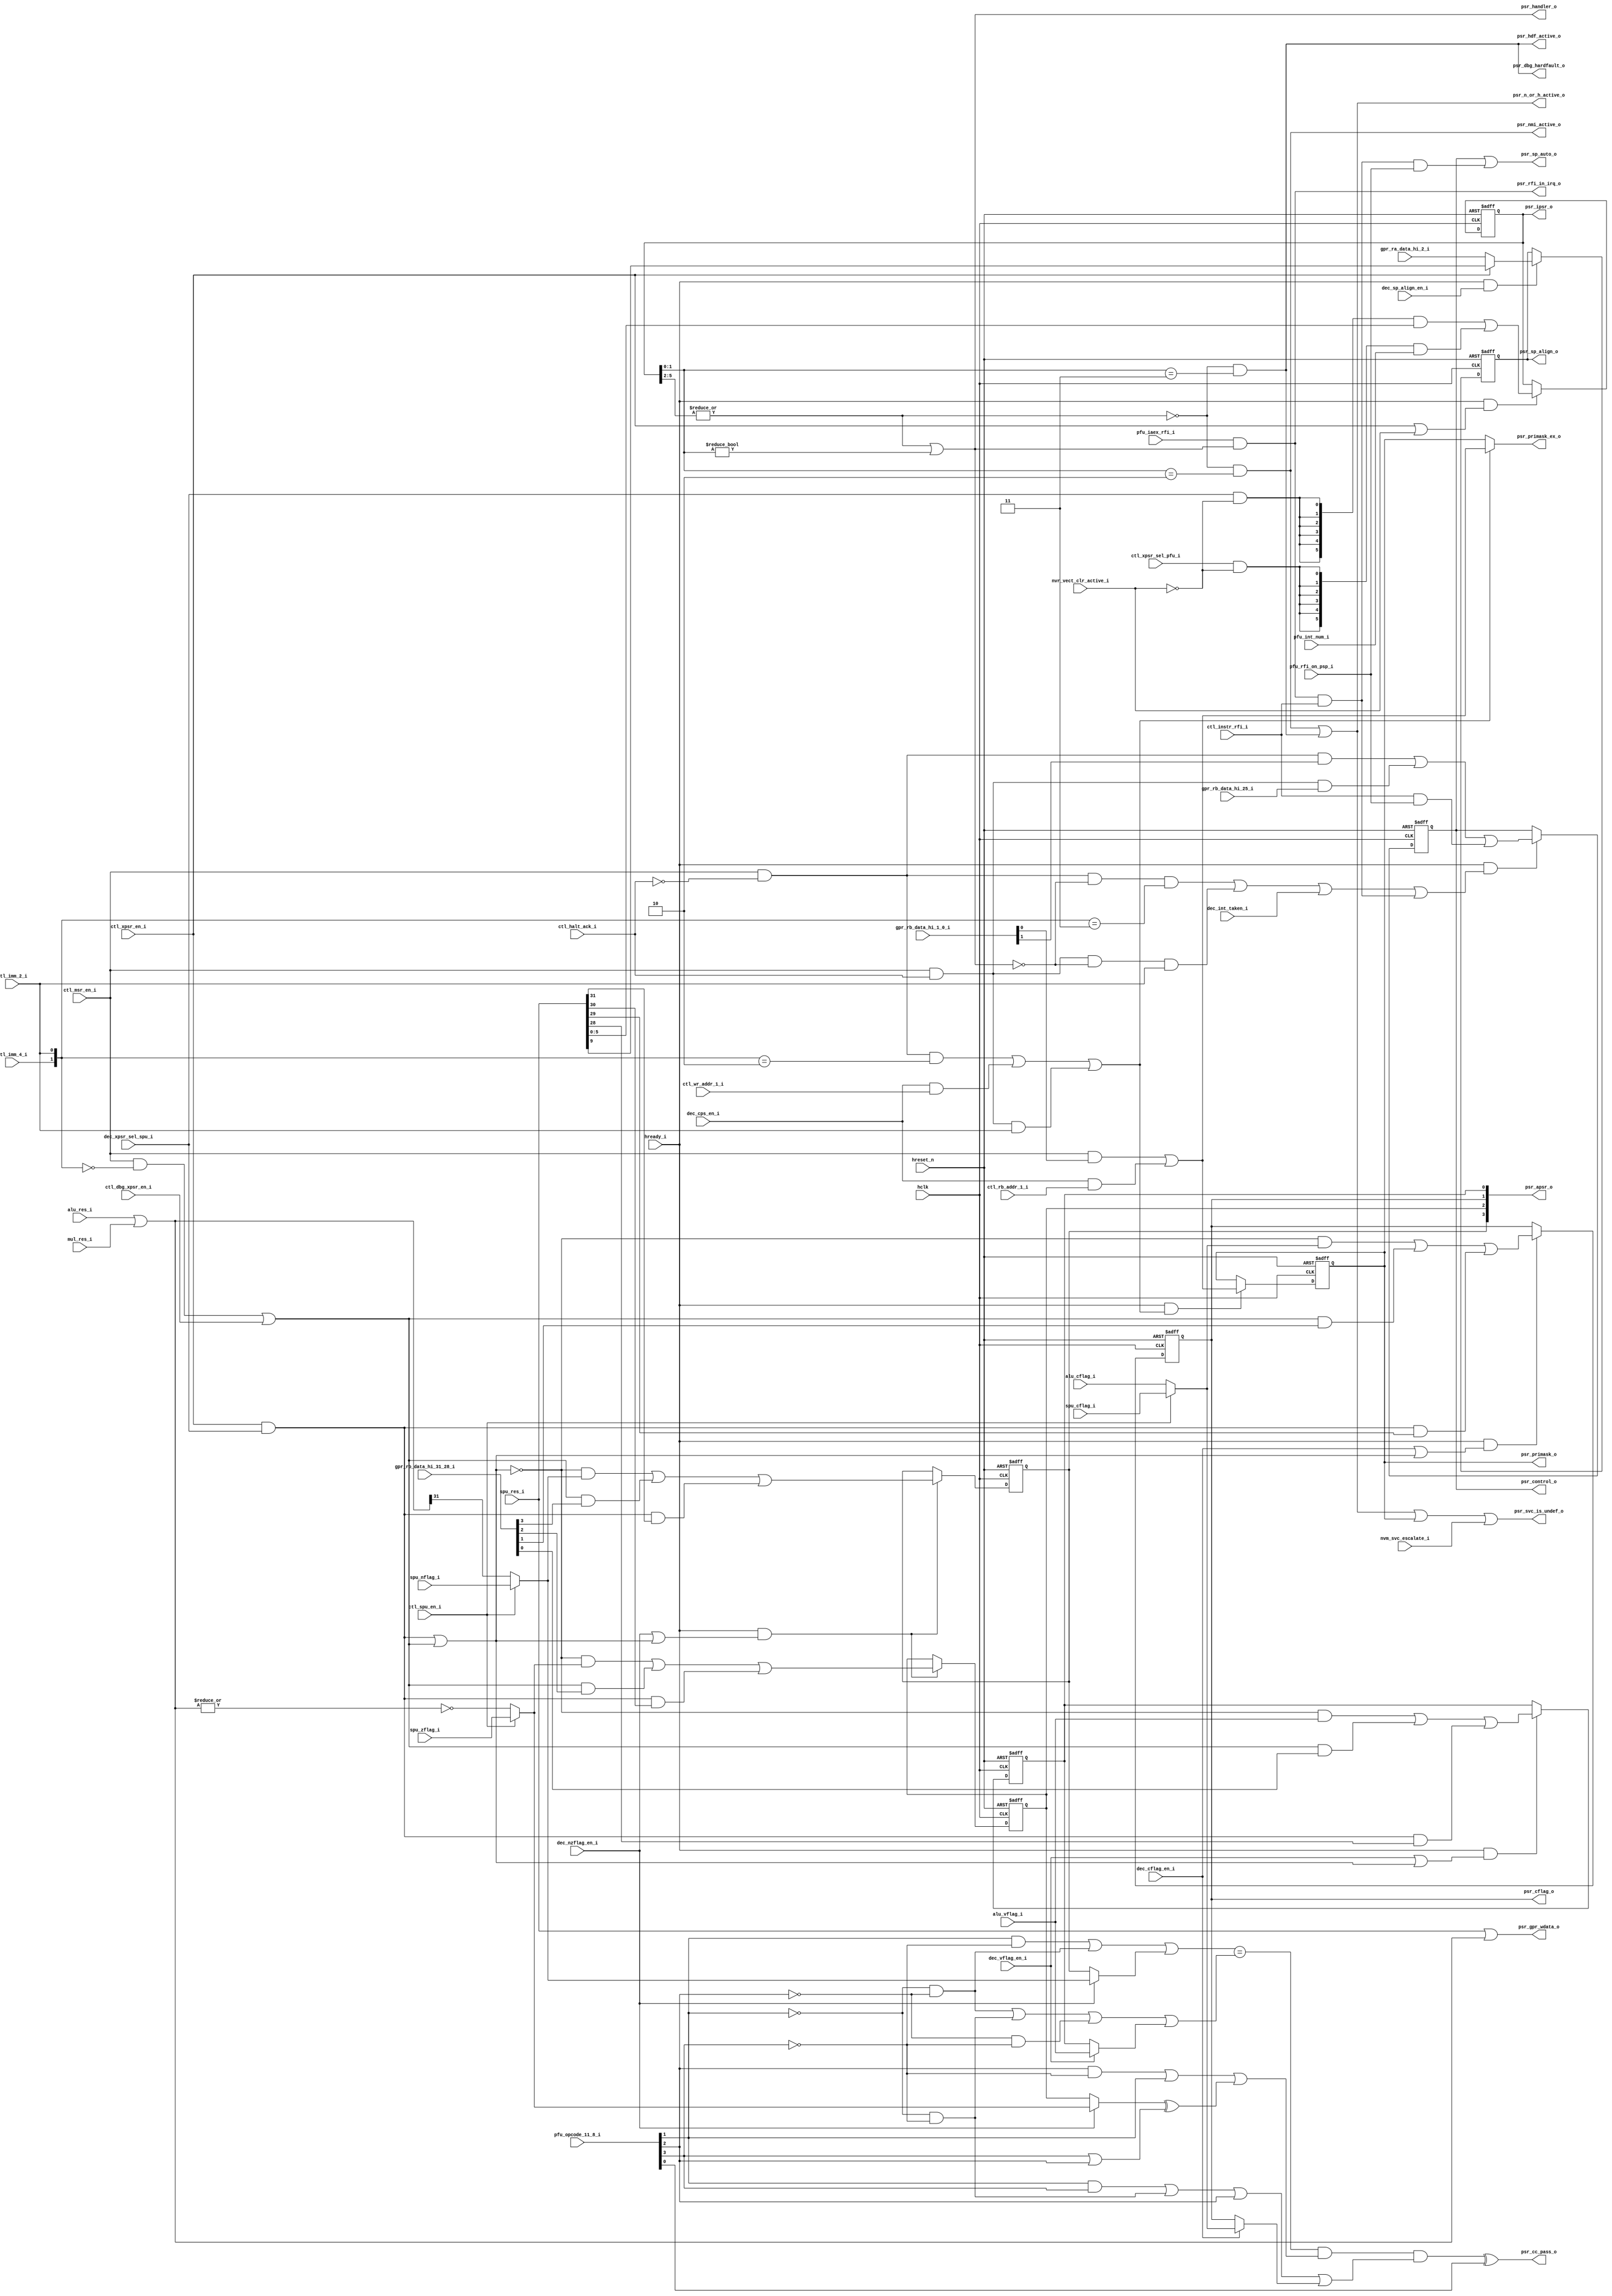
//-----------------------------------------------------------------------------
// The confidential and proprietary information contained in this file may
// only be used by a person authorised under and to the extent permitted
// by a subsisting licensing agreement from ARM Limited.
//
//            (C) COPYRIGHT 2008-2009 ARM Limited.
//                ALL RIGHTS RESERVED
//
// This entire notice must be reproduced on all copies of this file
// and copies of this file may only be made by a person if such person is
// permitted to do so under the terms of a subsisting license agreement
// from ARM Limited.
//
//      SVN Information
//
//      Checked In          : $Date: 2009-03-14 09:38:33 +0000 (Sat, 14 Mar 2009) $
//
//      Revision            : $Revision: 104097 $
//
//      Release Information : Cortex-M0-AT510-r0p0-00rel0
//-----------------------------------------------------------------------------

//-----------------------------------------------------------------------------
// CORTEX-M0 CORE PROCESSOR STATUS REGISTERS AND FINAL RESULT MULTIPLEXOR
//-----------------------------------------------------------------------------

module cm0_core_psr
  #(parameter CBAW = 0,
    parameter DBG  = 1,
    parameter SMUL = 0)

   (input  wire        hclk,                   // AHB clock
    input  wire        hreset_n,               // AHB reset

    output wire [31:0] psr_gpr_wdata_o,        // final register write-data
    output wire        psr_cflag_o,            // C flag for ALU/SPU
    output wire [ 3:0] psr_apsr_o,             // APSR (N,Z,C,V)
    output wire [ 5:0] psr_ipsr_o,             // IPSR (exception number)
    output wire        psr_primask_o,          // PRIMASK value
    output wire        psr_primask_ex_o,       // forwarded next PRIMASK value
    output wire        psr_control_o,          // architected CONTROL[1] value
    output wire        psr_cc_pass_o,          // condition code pass for Bcc
    output wire        psr_rfi_in_irq_o,       // Handler & IAEX is EXC_RETURN
    output wire        psr_sp_auto_o,          // CONTROL[1]/Mode default SP
    output wire        psr_sp_align_o,         // SP not double-word aligned
    output wire        psr_handler_o,          // in Handler Mode (IPSR != 0)
    output wire        psr_nmi_active_o,       // in NMI exception (IPSR == 2)
    output wire        psr_hdf_active_o,       // in HardFault (IPSR == 3)
    output wire        psr_dbg_hardfault_o,    // hdf_active for debugger
    output wire        psr_n_or_h_active_o,    // in NMI or HardFault handler
    output wire        psr_svc_is_undef_o,     // SVC instruction should UNDEF

    input  wire        hready_i,               // AHB ready / core advance
    input  wire [31:0] alu_res_i,              // ALU computed result
    input  wire        alu_vflag_i,            // ALU computed overflow
    input  wire        alu_cflag_i,            // ALU computed carry-out
    input  wire        ctl_instr_rfi_i,        // valid for return instruction
    input  wire        ctl_xpsr_en_i,          // load XPSR
    input  wire        ctl_msr_en_i,           // MSR instruction in execute
    input  wire        ctl_imm_4_i,            // immediate value for MSR/MRS
    input  wire        ctl_imm_2_i,            // immediate value for MSR/MRS
    input  wire        ctl_rb_addr_1_i,        // reg-file port-B address bit
    input  wire        ctl_wr_addr_1_i,        // reg-file write-address bit
    input  wire        ctl_halt_ack_i,         // core is halted for debug
    input  wire        ctl_dbg_xpsr_en_i,      // perform debugger XPSR write
    input  wire        ctl_spu_en_i,           // choose SPU's flags not ALU's
    input  wire        ctl_xpsr_sel_pfu_i,     // next XPSR value from PFU
    input  wire        dec_xpsr_sel_spu_i,     // next XPSR value from SPU
    input  wire        dec_nzflag_en_i,        // execute writes N and Z
    input  wire        dec_cflag_en_i,         // execute writes V
    input  wire        dec_vflag_en_i,         // execute writes V
    input  wire        dec_sp_align_en_i,      // sample current SP alignment
    input  wire        dec_cps_en_i,           // CPSID/CPSIE in execute
    input  wire        dec_int_taken_i,        // interrupt entry complete
    input  wire        gpr_ra_data_hi_2_i,     // read-port A bit[2]
    input  wire [ 3:0] gpr_rb_data_hi_31_28_i, // read-port B bits[31:28]
    input  wire        gpr_rb_data_hi_25_i,    // read-port B bit[25]
    input  wire [ 1:0] gpr_rb_data_hi_1_0_i,   // read-port B bits[1:0]
    input  wire [31:0] mul_res_i,              // multiplier array result
    input  wire        nvm_svc_escalate_i,     // SVCall priority too low
    input  wire        nvr_vect_clr_active_i,  // VECTCLRACTIVE reset request
    input  wire [ 5:0] pfu_int_num_i,          // next IPSR value from PFU
    input  wire [ 3:0] pfu_opcode_11_8_i,      // Bcc condition code
    input  wire        pfu_iaex_rfi_i,         // PC matches an EXC_RETURN
    input  wire        pfu_rfi_on_psp_i,       // SP selection from EXC_RETURN
    input  wire [31:0] spu_res_i,              // result from shift/permute
    input  wire        spu_cflag_i,            // carry-out from shifter
    input  wire        spu_zflag_i,            // zero-flag from shifter
    input  wire        spu_nflag_i);           // negative-flag from shifter

   // ------------------------------------------------------------
   // Configurability
   // ------------------------------------------------------------

   wire        cfg_dbg  = (CBAW == 0) ? (DBG  != 0) : 1'bZ;
   wire        cfg_smul = (CBAW == 0) ? (SMUL != 0) : 1'bZ;

   // ------------------------------------------------------------
   // Registers for NZCV flags, control and exception number
   // ------------------------------------------------------------

   reg         nflag;     // architectural N flag
   reg         zflag;     // architectural Z flag
   reg         cflag;     // architectural C flag
   reg         vflag;     // architectural V flag
   reg         primask;   // architectural PRIMASK bit
   reg         control;   // architectural CONTROL[1] bit
   reg  [ 5:0] ipsr;      // architectural exception number
   reg         stk_align; // stack alignment bit for interrupts

   // ------------------------------------------------------------
   // Configure inputs based upon configuration
   // ------------------------------------------------------------

   wire        ctl_halt_ack    = cfg_dbg ? ctl_halt_ack_i        : 1'b0;
   wire        dbg_xpsr_en     = cfg_dbg ? ctl_dbg_xpsr_en_i     : 1'b0;
   wire        vect_clr_active = cfg_dbg ? nvr_vect_clr_active_i : 1'b0;

   // ------------------------------------------------------------
   // Extract result and next-state flags from current operation
   // ------------------------------------------------------------

   // when the result of the SPU, ALU or MUL block is required,
   // the other blocks must be returning zero

   wire [31:0] mul_res   = cfg_smul ? 32'b0 : mul_res_i;

   wire [31:0] add_mul   = alu_res_i | mul_res;
   wire [31:0] res       = spu_res_i | add_mul;

   wire        add_mul_z = ~|add_mul;

   wire        nflag_nxt_i = ctl_spu_en_i ? spu_nflag_i : add_mul[31];
   wire        zflag_nxt_i = ctl_spu_en_i ? spu_zflag_i : add_mul_z;
   wire        cflag_nxt_i = ctl_spu_en_i ? spu_cflag_i : alu_cflag_i;

   // ------------------------------------------------------------
   // Create architectural APSR
   // ------------------------------------------------------------

   // the APSR[3:0] contains the top four bits of the XPSR[31:28],
   // and consists of the three architectural state flags N, Z, C
   // and V (result Negative, Zero, Carry/not-borrow and oVerflow)

   wire [ 3:0] apsr = { nflag, zflag, cflag, vflag };

   // ------------------------------------------------------------
   // Detect that execution level is handler
   // ------------------------------------------------------------

   // the architecture specifies an NMI handler with exception
   // number 6'h02, and a HardFault handler with exception
   // number 6'h03

   // an exception number of 6'h00 indicates that we are
   // executing in Thread Mode, whilst any non-zero values
   // indicates that we are executing in Handler Mode

   wire        top_set    = |ipsr[5:2];

   wire        nmi_active = ~top_set & (ipsr[1:0] == 2'b10);
   wire        hdf_active = ~top_set & (ipsr[1:0] == 2'b11);
   wire        handler    =  top_set | (ipsr[1:0] != 2'b00);

   wire        rfi_in_irq  = pfu_iaex_rfi_i & handler;

   // the stack pointer is normally MSP, however, the PSP
   // stack pointer may be used if we are in Thread Mode and
   // the CONTROL bit is set, or we are returning to Thread
   // Mode and bit[1] of the EXC_RETURN value (now in IAEX) is
   // set

   wire        rfi_on_psp = ( rfi_in_irq & ctl_instr_rfi_i &
                              pfu_rfi_on_psp_i );

   wire        psp_auto   = control | rfi_on_psp;

   // ------------------------------------------------------------
   // Determine whether SVC should execute as an UNDEF
   // ------------------------------------------------------------

   // if the SVCall priority is lower than the currently active
   // level, or if HardFault or NMI is active, or PRIMASK is set,
   // then the core should treat SVC instructions as though they
   // were UNDEFINED

   wire        psr_n_or_h_active = nmi_active | hdf_active;

   wire        svc_is_undef = ( psr_n_or_h_active |
                                primask |
                                nvm_svc_escalate_i );

   // ------------------------------------------------------------
   // MSR and exception return XPSR load flag override logic
   // ------------------------------------------------------------

   // the flags can be set as the result of executing a data-
   // processing instruction, or set directly via an MSR
   // instruction, or restored via an exception return load of
   // the XPSR, or modified via a debugger access to the DCRSR

   wire [ 1:0] psr_imm   = {ctl_imm_4_i, ctl_imm_2_i};

   wire        ldr_flags = ctl_xpsr_en_i & dec_xpsr_sel_spu_i;

   wire        msr_flags = ( ctl_msr_en_i & (psr_imm == 2'b00) |
                             dbg_xpsr_en );

   wire        std_flags = ~(ldr_flags | msr_flags);

   wire        nzflag_en = dec_nzflag_en_i | ~std_flags;
   wire        cflag_en  = dec_cflag_en_i  | ~std_flags;
   wire        vflag_en  = dec_vflag_en_i  | ~std_flags;

   wire        nflag_nxt = ( std_flags & nflag_nxt_i |
                             msr_flags & gpr_rb_data_hi_31_28_i[3] |
                             ldr_flags & spu_res_i[31] );

   wire        zflag_nxt = ( std_flags & zflag_nxt_i |
                             msr_flags & gpr_rb_data_hi_31_28_i[2] |
                             ldr_flags & spu_res_i[30] );

   wire        cflag_nxt = ( std_flags & cflag_nxt_i |
                             msr_flags & gpr_rb_data_hi_31_28_i[1] |
                             ldr_flags & spu_res_i[29] );

   wire        vflag_nxt = ( std_flags & alu_vflag_i |
                             msr_flags & gpr_rb_data_hi_31_28_i[0] |
                             ldr_flags & spu_res_i[28] );

   // ------------------------------------------------------------
   // Condition code evaluation
   // ------------------------------------------------------------

   // condition code evaluation is performed late in decode using
   // flags from execute; correctness for Bcc in decode whilst
   // MSR in execute isn't required as the MSR will refetch, so
   // can use values before they are forced by MSR to improve
   // timing

   // forward execute flags into decode, not that whenever the
   // N flag is set, so too is the Z flag

   wire        nflag_de  = dec_nzflag_en_i ? nflag_nxt_i : nflag;
   wire        zflag_de  = dec_nzflag_en_i ? zflag_nxt_i : zflag;
   wire        cflag_de  = dec_cflag_en_i  ? cflag_nxt_i : cflag;
   wire        vflag_de  = dec_vflag_en_i  ? alu_vflag_i : vflag;

   // reduce opcodes to control fields in order to minimise
   // evaluation time of late flags from execute

   // pfu_opcode_11_8_i corresponds to the condition code
   // field for Bcc, note that the condition is inverted based
   // on bit[0] of the code:

   //  CODE  CC  FLAGS                CODE  CC  FLAGS
   //  ----  --  ------------------   ----  --  ----------------
   //  0000  EQ  Z set                0001  NE  Z clear
   //  0010  CS  C set                0011  CC  C clear
   //  0100  MI  N set                0101  PL  N clear
   //  0110  VS  V set                0111  VC  V clear
   //  1000  HI  C set and Z clear    1001  LS  C clear or Z set
   //  1010  GE  N == V               1011  LT  N != V
   //  1100  GT  N == V and Z clear   1101  LE  N != V or Z set
   //  1110  AL  (reserved)           1111  NV  (reserved)

   // which are all reduced to either the following or its inverse
   //  ((N | ?) == (V | ?))  &  ((Z ^ ?) | ?)  &  (C | ?)

   wire [ 3:0] cc_code   = pfu_opcode_11_8_i;

   wire        cc_mask_n = (  cc_code[1] & ~cc_code[3] |
                             ~cc_code[1] & ~cc_code[2] );

   wire        cc_mask_z = (  cc_code[2] & ~cc_code[3] |
                              cc_code[1] );

   wire        cc_mask_c = (  cc_code[1] &  cc_code[3] |
                             ~cc_code[1] & ~cc_code[3] |
                              cc_code[2] );

   wire        cc_mask_v = ( ~cc_code[1] & ~cc_code[2] |
                             ~cc_code[1] & ~cc_code[3] |
                             ~cc_code[2] & ~cc_code[3] );

   wire        cc_inv_z  = cc_code[3] | cc_code[2];

   // Evaluate flags against condition code

   wire        cc_pass_n = cc_mask_n | nflag_de;
   wire        cc_pass_z = cc_mask_z | (zflag_de ^ cc_inv_z);
   wire        cc_pass_c = cc_mask_c | cflag_de;
   wire        cc_pass_v = cc_mask_v | vflag_de;

   wire        cc_pass   = ( ( (cc_pass_n == cc_pass_v) &
                               cc_pass_z & cc_pass_c ) ^
                             cc_code[0] );

   // ------------------------------------------------------------
   // MSR logic for PRIMASK and CONTROL
   // ------------------------------------------------------------

   // PRIMASK is used to boost the priority of the core so as to
   // prevent interruption by a configurable priority interrupt,
   // i.e. anything other than NMI or HardFault

   // PRIMASK may be written as the result of an MSR instruction,
   // or execution of a CPSID/CPSIE, or as the result of a debug
   // access to the combined PRIMASK/CONTROL field

   // accesses from the core and debug differ, so generate
   // separate terms

   wire        cpu_msr_en = ctl_msr_en_i & ~ctl_halt_ack;
   wire        dbg_msr_en = ctl_msr_en_i &  ctl_halt_ack;

   wire        primask_en =
               ( cpu_msr_en & (psr_imm == 2'b10) |
                 dec_cps_en_i & ctl_wr_addr_1_i |
                 dbg_msr_en & psr_imm[0] );

   wire        primask_nxt = ( ctl_msr_en_i & gpr_rb_data_hi_1_0_i[0] |
                               dec_cps_en_i & ctl_rb_addr_1_i );

   // primask_ex forwards the next state of PRIMASK into execute
   // as CPSID requires precise synchronisation with interrupts
   // around it

   wire        primask_ex  = primask_en ? primask_nxt : primask;

   // CONTROL determines which stack pointer should be used; it
   // can be directly modified via an MSR whilst in Thread Mode,
   // is always cleared on entry to an interrupt (i.e. entering
   // Handler Mode), restored on return from exception, or
   // forced via a debug access to the combined PRIMASK/CONTROL
   // field

   wire        control_en =
               ( cpu_msr_en & ~handler & (psr_imm == 2'b11) |
                 dbg_msr_en & ~handler & psr_imm[0] |
                 dec_int_taken_i |
                 rfi_in_irq & ctl_instr_rfi_i);

   wire        control_nxt =
               ( cpu_msr_en & gpr_rb_data_hi_1_0_i[1] |
                 dbg_msr_en & gpr_rb_data_hi_25_i |
                 ctl_instr_rfi_i & pfu_rfi_on_psp_i );

   // ------------------------------------------------------------
   // Exception number control
   // ------------------------------------------------------------

   // the exception number mirrors the architectural defined
   // field in the IPSR component of the XPSR; the register is
   // not modifiable directly via software, and can only be
   // updated as a result of the XPSR read on an exception return,
   // or assigned to the new exception number on entry; debug
   // also provides a means of reseting the value to zero via
   // VECTCLRACTIVE

   wire        ipsr_sel_spu = dec_xpsr_sel_spu_i & ~vect_clr_active;
   wire        ipsr_sel_pfu = ctl_xpsr_sel_pfu_i & ~vect_clr_active;

   wire [ 5:0] ipsr_nxt = ( {6{ipsr_sel_spu}} & spu_res_i[5:0] |
                            {6{ipsr_sel_pfu}} & pfu_int_num_i );

   wire        ipsr_en  = ctl_xpsr_en_i | vect_clr_active;

   // ------------------------------------------------------------
   // Stack alignment bit control
   // ------------------------------------------------------------

   // the stack alignment bit is used to maintain an AEABI
   // compliant, 64-bit stack pointer on entry to an exception;
   // the value only becomes visible when pushed on the stack as
   // bit[9] of the XPSR, and effectively mirrors bit[2] of the
   // currently active stack-pointer (either MSP or PSP)

   wire        stk_align_nxt = ( ctl_xpsr_en_i
                                 ? spu_res_i[9]
                                 : gpr_ra_data_hi_2_i );

   // ------------------------------------------------------------
   // Qualify register enable terms with HREADY
   // ------------------------------------------------------------

   // the rest of the Cortex-M0 control logic only updates when
   // the AHB bus is ready, so we factor in HREADY here

   wire        nzflag_ena    = hready_i & nzflag_en;
   wire        cflag_ena     = hready_i & cflag_en;
   wire        vflag_ena     = hready_i & vflag_en;
   wire        primask_ena   = hready_i & primask_en;
   wire        control_ena   = hready_i & control_en;
   wire        ipsr_ena      = hready_i & ipsr_en;
   wire        stk_align_ena = hready_i & dec_sp_align_en_i;

   // ------------------------------------------------------------
   // Synchronous update logic
   // ------------------------------------------------------------

   // the values of the APSR flags out of reset are UNKNOWN;
   // to avoid pessimistic X-propagation issues, the flags are
   // reset to known (but arbitrary) values based upon empirically
   // minimal synthesis results

   always @(posedge hclk or negedge hreset_n)
     if(~hreset_n) begin
       nflag <= 1'b1;
       zflag <= 1'b1;
     end else if(nzflag_ena) begin
       nflag <= nflag_nxt;
       zflag <= zflag_nxt;
     end

   always @(posedge hclk or negedge hreset_n)
     if(~hreset_n)
       cflag <= 1'b0;
     else if(cflag_ena)
       cflag <= cflag_nxt;

   always @(posedge hclk or negedge hreset_n)
     if(~hreset_n)
       vflag <= 1'b0;
     else if(vflag_ena)
       vflag <= vflag_nxt;

   // the exception number is reset to resemble the HardFault
   // handler's value so as to allow faults during the reset
   // sequence to generate a LockUp scenario at the architectural
   // prescribe priority - namely HardFault

   always @(posedge hclk or negedge hreset_n)
     if(~hreset_n)
       ipsr <= 6'b000011;
     else if(ipsr_ena)
       ipsr <= ipsr_nxt;

   // both PRIMASK and CONTROL are architecturally defined to
   // be reset to zero

   always @(posedge hclk or negedge hreset_n)
     if(~hreset_n)
       primask <= 1'b0;
     else if(primask_ena)
       primask <= primask_nxt;

   always @(posedge hclk or negedge hreset_n)
     if(~hreset_n)
       control <= 1'b0;
     else if(control_ena)
       control <= control_nxt;

   // the stack-alignment indicate is not architecturally
   // visible except as a result of an XPSR push to the stack
   // on exception entry; the reset value is arbitrary but
   // employs the same methodology as the APSR

   always @(posedge hclk or negedge hreset_n)
     if(~hreset_n)
       stk_align <= 1'b1;
     else if(stk_align_ena)
       stk_align <= stk_align_nxt;

   // ------------------------------------------------------------
   // Assign outputs
   // ------------------------------------------------------------

   assign psr_gpr_wdata_o     = res;
   assign psr_cflag_o         = cflag;
   assign psr_apsr_o          = apsr;
   assign psr_ipsr_o          = ipsr;
   assign psr_primask_o       = primask;
   assign psr_primask_ex_o    = primask_ex;
   assign psr_control_o       = control;
   assign psr_cc_pass_o       = cc_pass;
   assign psr_rfi_in_irq_o    = rfi_in_irq;
   assign psr_sp_auto_o       = psp_auto;
   assign psr_sp_align_o      = stk_align;
   assign psr_handler_o       = handler;
   assign psr_nmi_active_o    = nmi_active;
   assign psr_hdf_active_o    = hdf_active;
   assign psr_dbg_hardfault_o = cfg_dbg ? hdf_active : 1'b0;
   assign psr_n_or_h_active_o = psr_n_or_h_active;
   assign psr_svc_is_undef_o  = svc_is_undef;

   // ------------------------------------------------------------

`ifdef ARM_ASSERT_ON
   // ------------------------------------------------------------
   // Assertions
   // ------------------------------------------------------------

`include "std_ovl_defines.h"

   // register enable X check
   assert_never_unknown
     #(`OVL_FATAL,7,`OVL_ASSERT,"Register enables must never be X")
   u_asrt_reg_en_x
     (.clk       (hclk),
      .reset_n   (hreset_n),
      .qualifier (1'b1),
      .test_expr ({ nzflag_ena,
                    cflag_ena,
                    vflag_ena,
                    ipsr_ena,
                    primask_ena,
                    control_ena,
                    stk_align_ena }));


   // Check that a single source is chosen when updating flags
   assert_one_hot
     #(`OVL_FATAL,3,`OVL_ASSERT,
       "Exactly one source must be selected for next flags")
   u_asrt_next_flags
     (.clk(hclk), .reset_n(hreset_n),
      .test_expr((nzflag_ena | cflag_ena | vflag_ena)
                 ? {ldr_flags, msr_flags, std_flags}
                 : 3'b001));

   // PFU supplies IPSRs that only match valid exceptions
   assert_implication
     #(`OVL_FATAL,`OVL_ASSERT,"PFU registered IPSR values must be valid")
   u_asrt_pfu_ipsr_ok
     (.clk(hclk), .reset_n(hreset_n),
      .antecedent_expr(ctl_xpsr_sel_pfu_i & ctl_xpsr_en_i),
      .consequent_expr(((pfu_int_num_i < 6'd48) && (pfu_int_num_i > 6'd15)) ||
                       (pfu_int_num_i == 6'd2)  || // NMI
                       (pfu_int_num_i == 6'd3)  || // HardFault
                       (pfu_int_num_i == 6'd11) || // SVCall
                       (pfu_int_num_i == 6'd14) || // PendSV
                       (pfu_int_num_i == 6'd15))); // SysTick

   // Simplified handler checks
   assert_always
     #(`OVL_FATAL,`OVL_ASSERT,"HardFault active should equal IPSR of 3")
   u_asrt_hdf_match
     (.clk(hclk), .reset_n(hreset_n),
      .test_expr(hdf_active == (ipsr == 6'd3)));

   assert_always
     #(`OVL_FATAL,`OVL_ASSERT,"NMI active should equal IPSR of 2")
   u_asrt_nmi_match
     (.clk(hclk), .reset_n(hreset_n),
      .test_expr(nmi_active == (ipsr == 6'd2)));

   // SPU computed result checks
   assert_implication
     #(`OVL_FATAL,`OVL_ASSERT,"SPU result must be consistent with SPU-Z flag")
   u_asrt_spu_zero
     (.clk(hclk), .reset_n(hreset_n),
      .antecedent_expr(ctl_spu_en_i & dec_nzflag_en_i),
      .consequent_expr(spu_zflag_i == (~|spu_res_i)));

   assert_implication
     #(`OVL_FATAL,`OVL_ASSERT,"SPU result must be consistent with SPU-N flag")
   u_asrt_spu_neg
     (.clk(hclk), .reset_n(hreset_n),
      .antecedent_expr(ctl_spu_en_i & dec_nzflag_en_i),
      .consequent_expr(spu_nflag_i == spu_res_i[31]));

   // Condition code checks
   assert_implication
     #(`OVL_FATAL,`OVL_ASSERT,"0000 should generate EQ")
   u_asrt_cond_eq
     (.clk(hclk), .reset_n(hreset_n),
      .antecedent_expr(cc_code[3:0] == 4'b0000),
      .consequent_expr(cc_pass == zflag_de) );

   assert_implication
     #(`OVL_FATAL,`OVL_ASSERT,"0001 should generate NE")
   u_asrt_cond_ne
     (.clk(hclk), .reset_n(hreset_n),
      .antecedent_expr(cc_code[3:0] == 4'b0001),
      .consequent_expr(cc_pass == !zflag_de) );

   assert_implication
     #(`OVL_FATAL,`OVL_ASSERT,"0010 should generate CS")
   u_asrt_cond_cs
     (.clk(hclk), .reset_n(hreset_n),
      .antecedent_expr(cc_code[3:0] == 4'b0010),
      .consequent_expr(cc_pass == cflag_de) );

   assert_implication
     #(`OVL_FATAL,`OVL_ASSERT,"0011 should generate CC")
   u_asrt_cond_cc
     (.clk(hclk), .reset_n(hreset_n),
      .antecedent_expr(cc_code[3:0] == 4'b0011),
      .consequent_expr(cc_pass == !cflag_de) );

   assert_implication
     #(`OVL_FATAL,`OVL_ASSERT,"0100 should generate MI")
   u_asrt_cond_mi
     (.clk(hclk), .reset_n(hreset_n),
      .antecedent_expr(cc_code[3:0] == 4'b0100),
      .consequent_expr(cc_pass == nflag_de) );

   assert_implication
     #(`OVL_FATAL,`OVL_ASSERT,"0101 should generate PL")
   u_asrt_cond_pl
     (.clk(hclk), .reset_n(hreset_n),
      .antecedent_expr(cc_code[3:0] == 4'b0101),
      .consequent_expr(cc_pass == !nflag_de) );

   assert_implication
     #(`OVL_FATAL,`OVL_ASSERT,"0110 should generate VS")
   u_asrt_cond_vs
     (.clk(hclk), .reset_n(hreset_n),
      .antecedent_expr(cc_code[3:0] == 4'b0110),
      .consequent_expr(cc_pass == vflag_de) );

   assert_implication
     #(`OVL_FATAL,`OVL_ASSERT,"0111 should generate VC")
   u_asrt_cond_vc
     (.clk(hclk), .reset_n(hreset_n),
      .antecedent_expr(cc_code[3:0] == 4'b0111),
      .consequent_expr(cc_pass == !vflag_de) );

   assert_implication
     #(`OVL_FATAL,`OVL_ASSERT,"1000 should generate HI")
   u_asrt_cond_hi
     (.clk(hclk), .reset_n(hreset_n),
      .antecedent_expr(cc_code[3:0] == 4'b1000),
      .consequent_expr(cc_pass == (cflag_de & !zflag_de)) );

   assert_implication
     #(`OVL_FATAL,`OVL_ASSERT,"1001 should generate LS")
   u_asrt_cond_ls
     (.clk(hclk), .reset_n(hreset_n),
      .antecedent_expr(cc_code[3:0] == 4'b1001),
      .consequent_expr(cc_pass == (!cflag_de | zflag_de)) );

   assert_implication
     #(`OVL_FATAL,`OVL_ASSERT,"1010 should generate GE")
   u_asrt_cond_ge
     (.clk(hclk), .reset_n(hreset_n),
      .antecedent_expr(cc_code[3:0] == 4'b1010),
      .consequent_expr(cc_pass == (nflag_de == vflag_de)) );

   assert_implication
     #(`OVL_FATAL,`OVL_ASSERT,"1011 should generate LT")
   u_asrt_cond_lt
     (.clk(hclk), .reset_n(hreset_n),
      .antecedent_expr(cc_code[3:0] == 4'b1011),
      .consequent_expr(cc_pass == (nflag_de != vflag_de)) );

   assert_implication
     #(`OVL_FATAL,`OVL_ASSERT,"1100 should generate GT")
   u_asrt_cond_gt
     (.clk(hclk), .reset_n(hreset_n),
      .antecedent_expr(cc_code[3:0] == 4'b1100),
      .consequent_expr(cc_pass == (!zflag_de & (nflag_de == vflag_de))) );

   assert_implication
     #(`OVL_FATAL,`OVL_ASSERT,"1101 should generate LE")
   u_asrt_cond_le
     (.clk(hclk), .reset_n(hreset_n),
      .antecedent_expr(cc_code[3:0] == 4'b1101),
      .consequent_expr(cc_pass == (zflag_de | (nflag_de != vflag_de))) );

`endif

endmodule // cm0_core_psr

//-----------------------------------------------------------------------------
// EOF
//-----------------------------------------------------------------------------